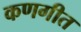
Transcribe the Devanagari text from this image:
कणगीत